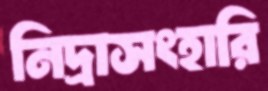
নিদ্রাসংহারি